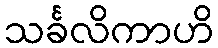
သင်္ခလိကာဟိ